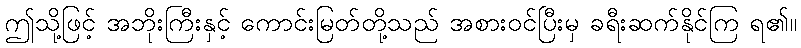
ဤသို့ဖြင့် အဘိုးကြီးနှင့် ကောင်းမြတ်တို့သည် အစားဝင်ပြီးမှ ခရီးဆက်နိုင်ကြ ရ၏။